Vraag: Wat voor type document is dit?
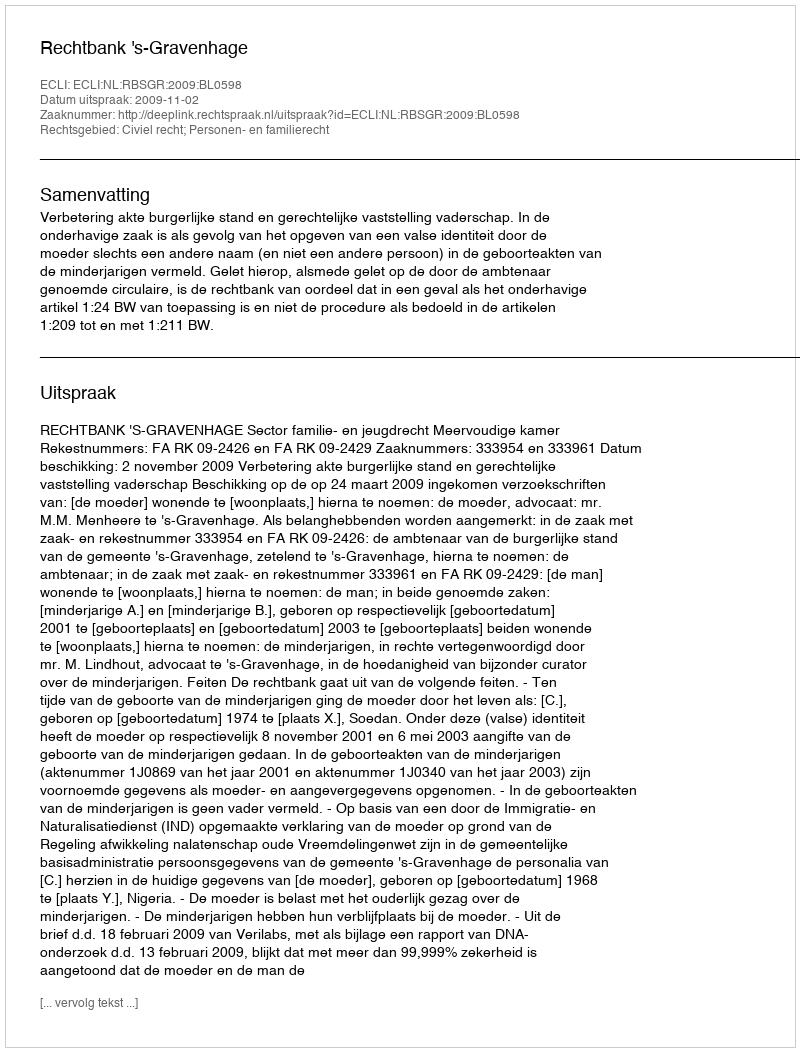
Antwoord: Uitspraak